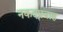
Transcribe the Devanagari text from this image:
नकदप्रवाह